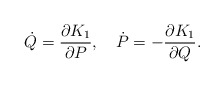
\begin{align*}\dot{Q}=\frac{\partial K_{1}}{\partial P},~~~\dot{P}=-\frac{\partial K_{1}}{\partial Q}.\end{align*}